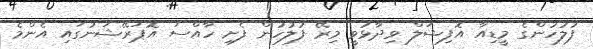
ފުލުހުންގެ މީޑިއާ އޮފިޝަލް ވިދާޅުވީ މިރޭ ފުލުހުން ފެށި ހާއްސަ އޮޕަރޭޝަނުގައި އެންމެ